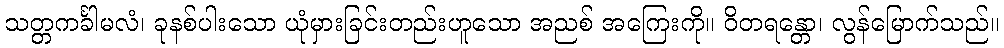
သတ္တကင်္ခါမလံ၊ ခုနစ်ပါးသော ယုံမှားခြင်းတည်းဟူသော အညစ် အကြေးကို။ ဝိတရန္တော၊ လွန်မြောက်သည်။